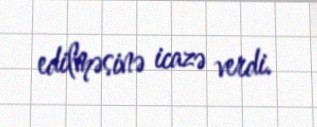
edilməsinə icazə verdi.